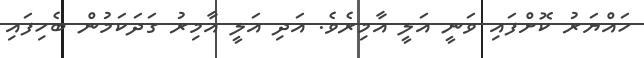
ހައްޔަރު ކޮށްފައި ވަނީ އަލީ އާމިރެވެ. އަދި އަލީ އާމިރު ގަދަކަމުން ބެހިފައި